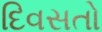
દિવસતો